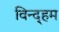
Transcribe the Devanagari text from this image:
विन्द्हम